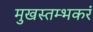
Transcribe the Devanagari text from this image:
मुखस्तम्भकरं